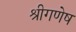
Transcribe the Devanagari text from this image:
श्रीगणेष